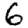
Digit: 6